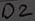
Text: D2